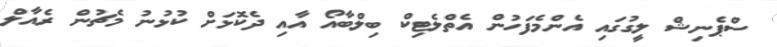
ސްޕެނިޝް ލީގުގައި އެންމެފަހުން އެތްލެޓިކް ބިލްބާއޯ އާއި ދެކޮޅަށް ކުޅުނު މެޗުން ރެއާލް